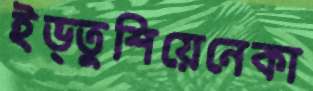
ইভ্তুশিয়েনেকা